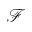
\mathcal { F }